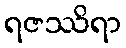
ရဇဿိရာ